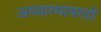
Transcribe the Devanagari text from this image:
अध्यात्मावरही